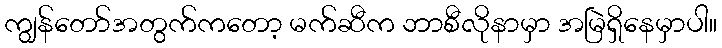
ကျွန်တော်အတွက်ကတော့ မက်ဆီက ဘာစီလိုနာမှာ အမြဲရှိနေမှာပါ။